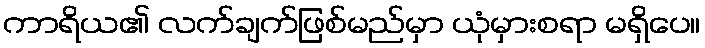
ကာရိယ၏ လက်ချက်ဖြစ်မည်မှာ ယုံမှားစရာ မရှိပေ။